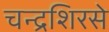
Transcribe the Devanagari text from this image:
चन्द्रशिरसे